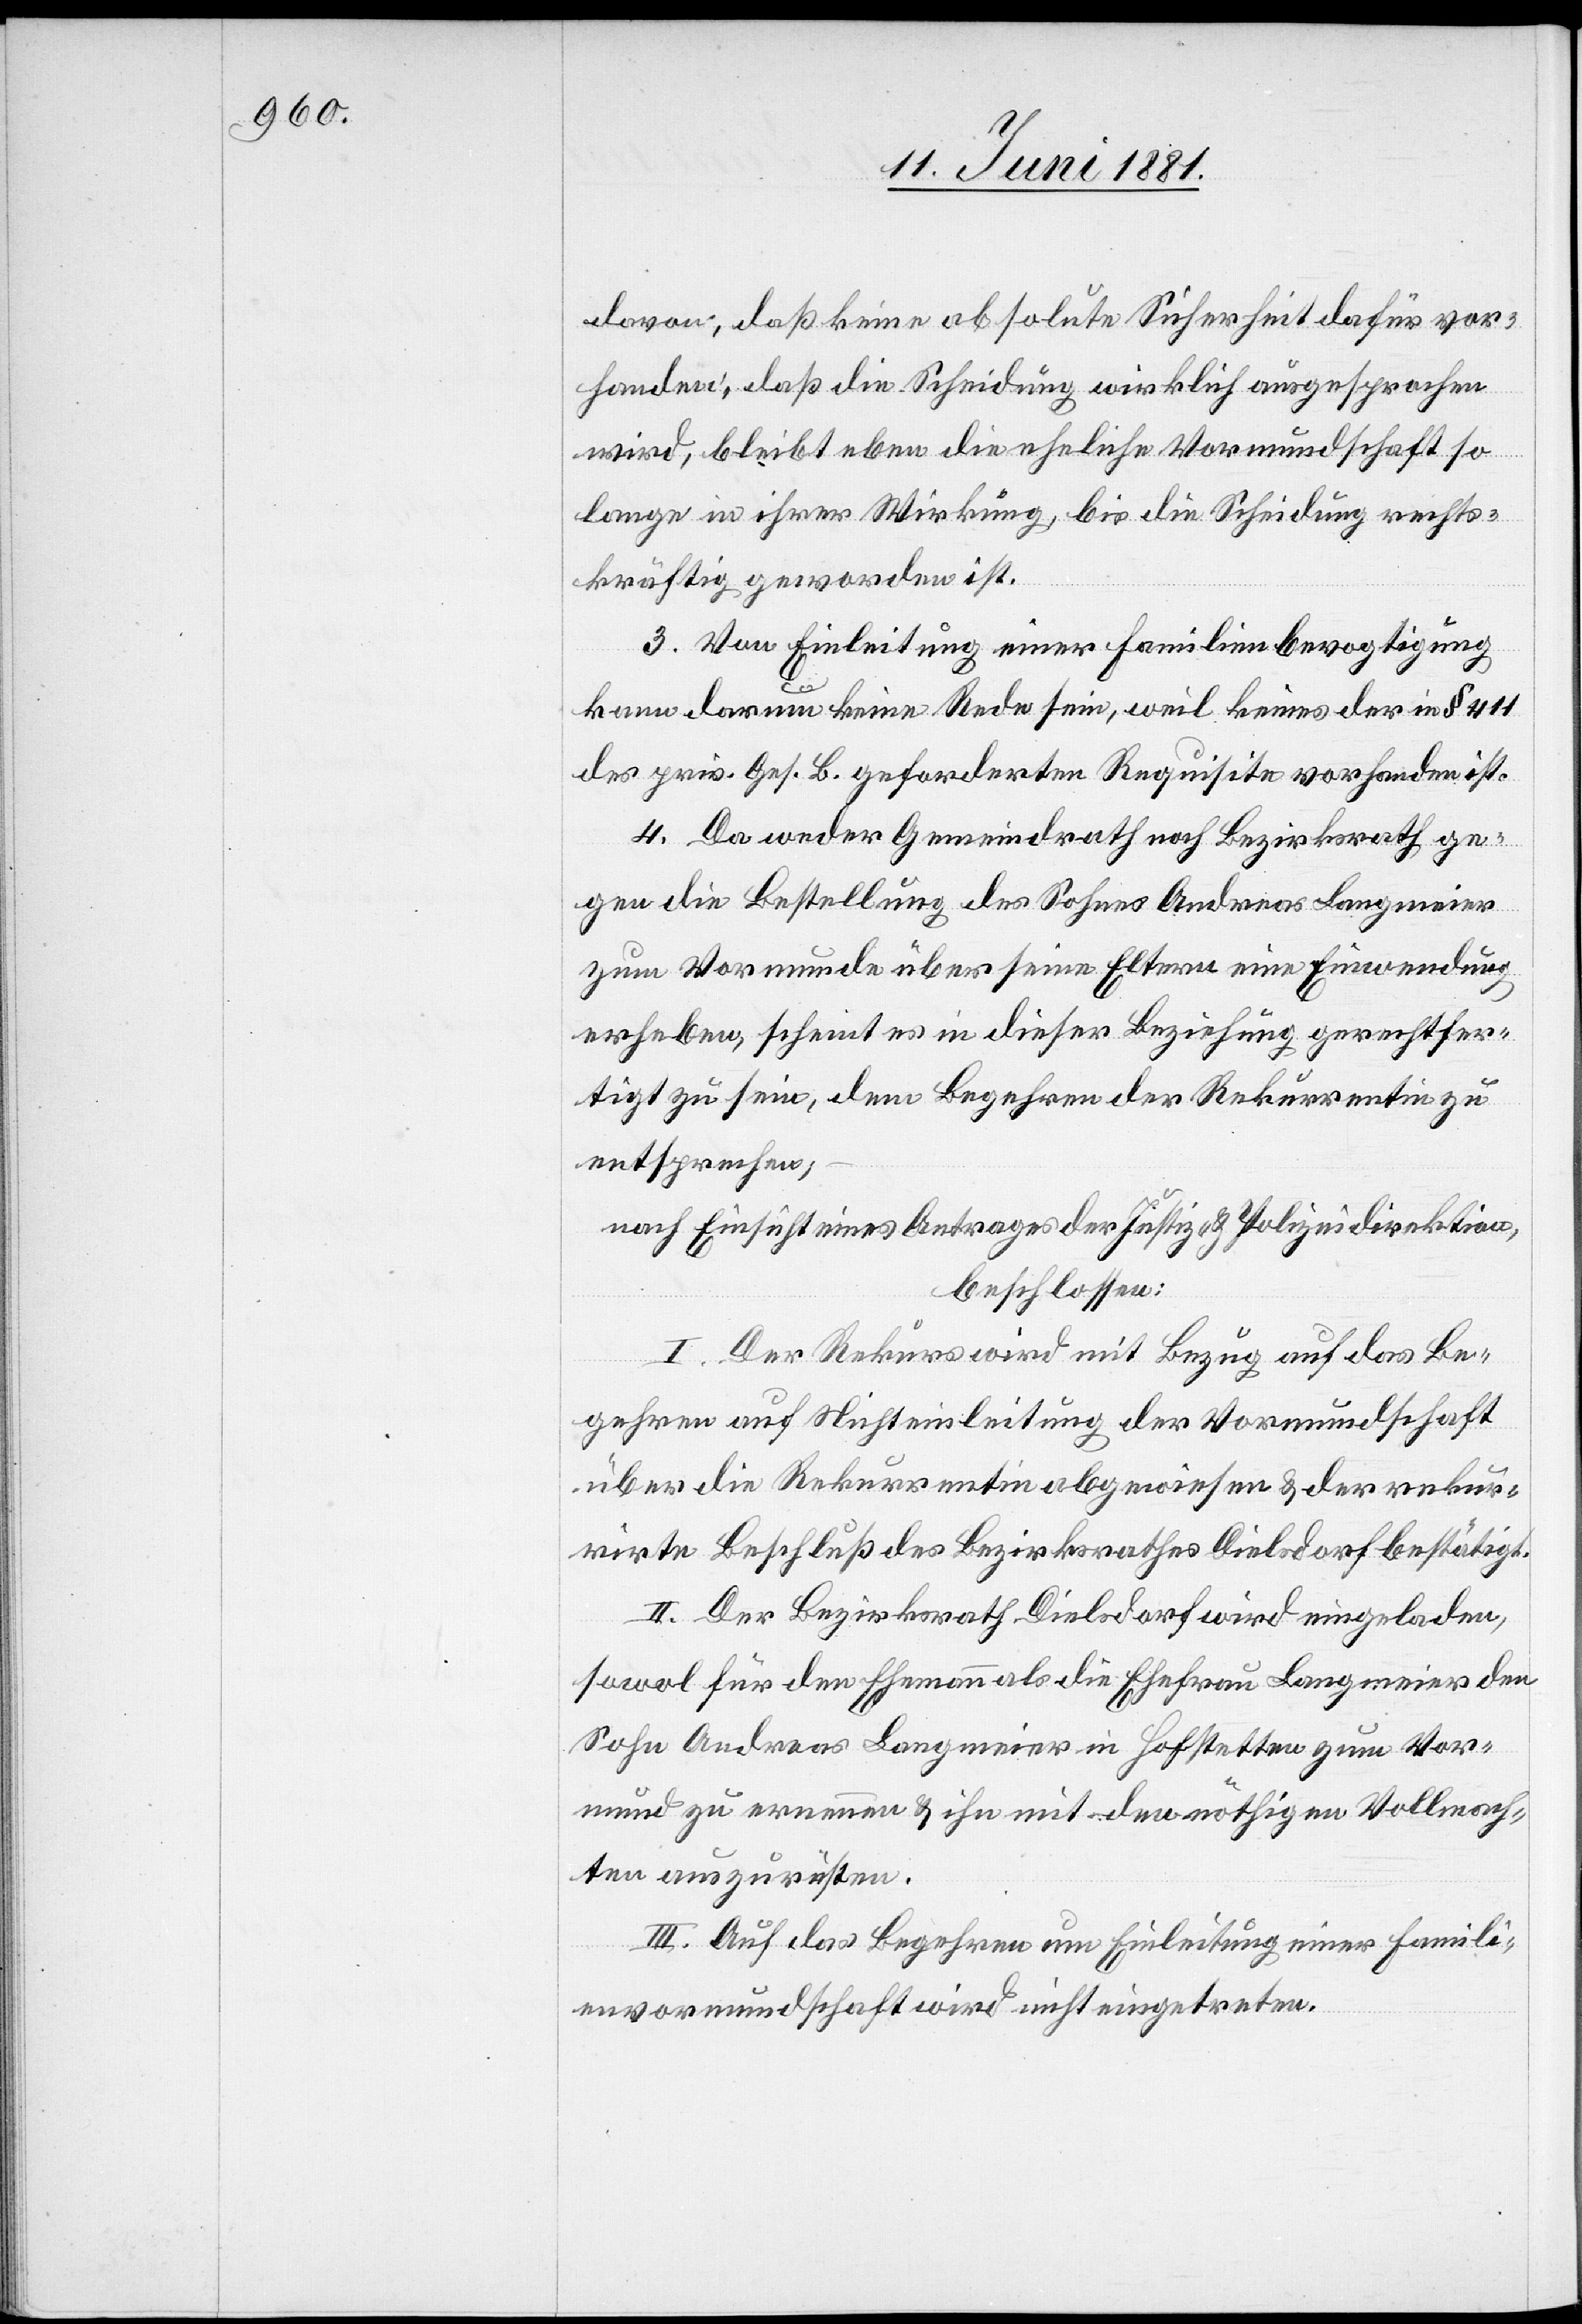
davon, daß keine absolute Sicherheit dafür vor¬
handen, daß die Scheidung wirklich ausgesprochen
wird, bleibt eben die eheliche Vormundschaft so¬
lange in ihrer Wirkung, bis die Scheidung rechts¬
kräftig geworden ist.
3. Von Einleitung einer Familienbevogtigung
kann darum keine Rede sein, weil keines der in § 411
des priv. Ges. B. geforderten Requisite vorhanden ist.
4. Da weder Gemeindrath noch Bezirksrath ge¬
gen die Bestellung des Sohnes Andreas Langmeier
zum Vormunde über seine Eltern eine Einwendung
erheben, scheint es in dieser Beziehung gerechtfer¬
tigt zu sein, dem Begehren der Rekurrentin zu
entsprechen;
nach Einsicht eines Antrages der Justiz- & Polizeidirektion,
beschlossen:
I. Der Rekurs wird mit Bezug auf das Be¬
gehren auf Nichteinleitung der Vormundschaft
über die Rekurrentin abgewiesen & der rekur¬
rirte Beschluß des Bezirksrathes Dielsdorf bestätigt.
II. Der Bezirksrath Dielsdorf wird eingeladen,
sowol für den Ehemann als die Ehefrau Langmeier den
Sohn Andreas Langmeier in Hofstetten zum Vor¬
mund zu ernennen & ihn mit den nöthigen Vollmach¬
ten auszurüsten.
III. Auf das Begehren um Einleitung einer Famili¬
envormundschaft wird nicht eingetreten.